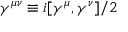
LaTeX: \gamma ^ { \mu \nu } \equiv i [ \gamma ^ { \mu } , \gamma ^ { \nu } ] / 2